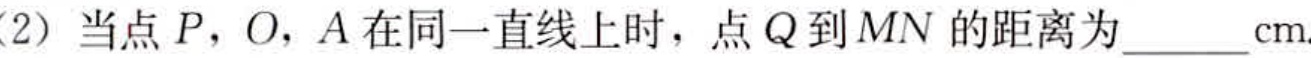
(2) 当点 \(P\)，\(O\)，\(A\) 在同一直线上时，点 \(Q\) 到 \(MN\) 的距离为______\(cm\)